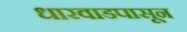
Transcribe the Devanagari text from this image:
धारवाडपासून